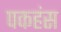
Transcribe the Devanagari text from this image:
पकहंस